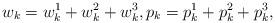
LaTeX: \begin{align*}w_k=w_k^1+w_k^2+w_k^3, p_k=p_k^1+p_k^2+p_k^3,\end{align*}